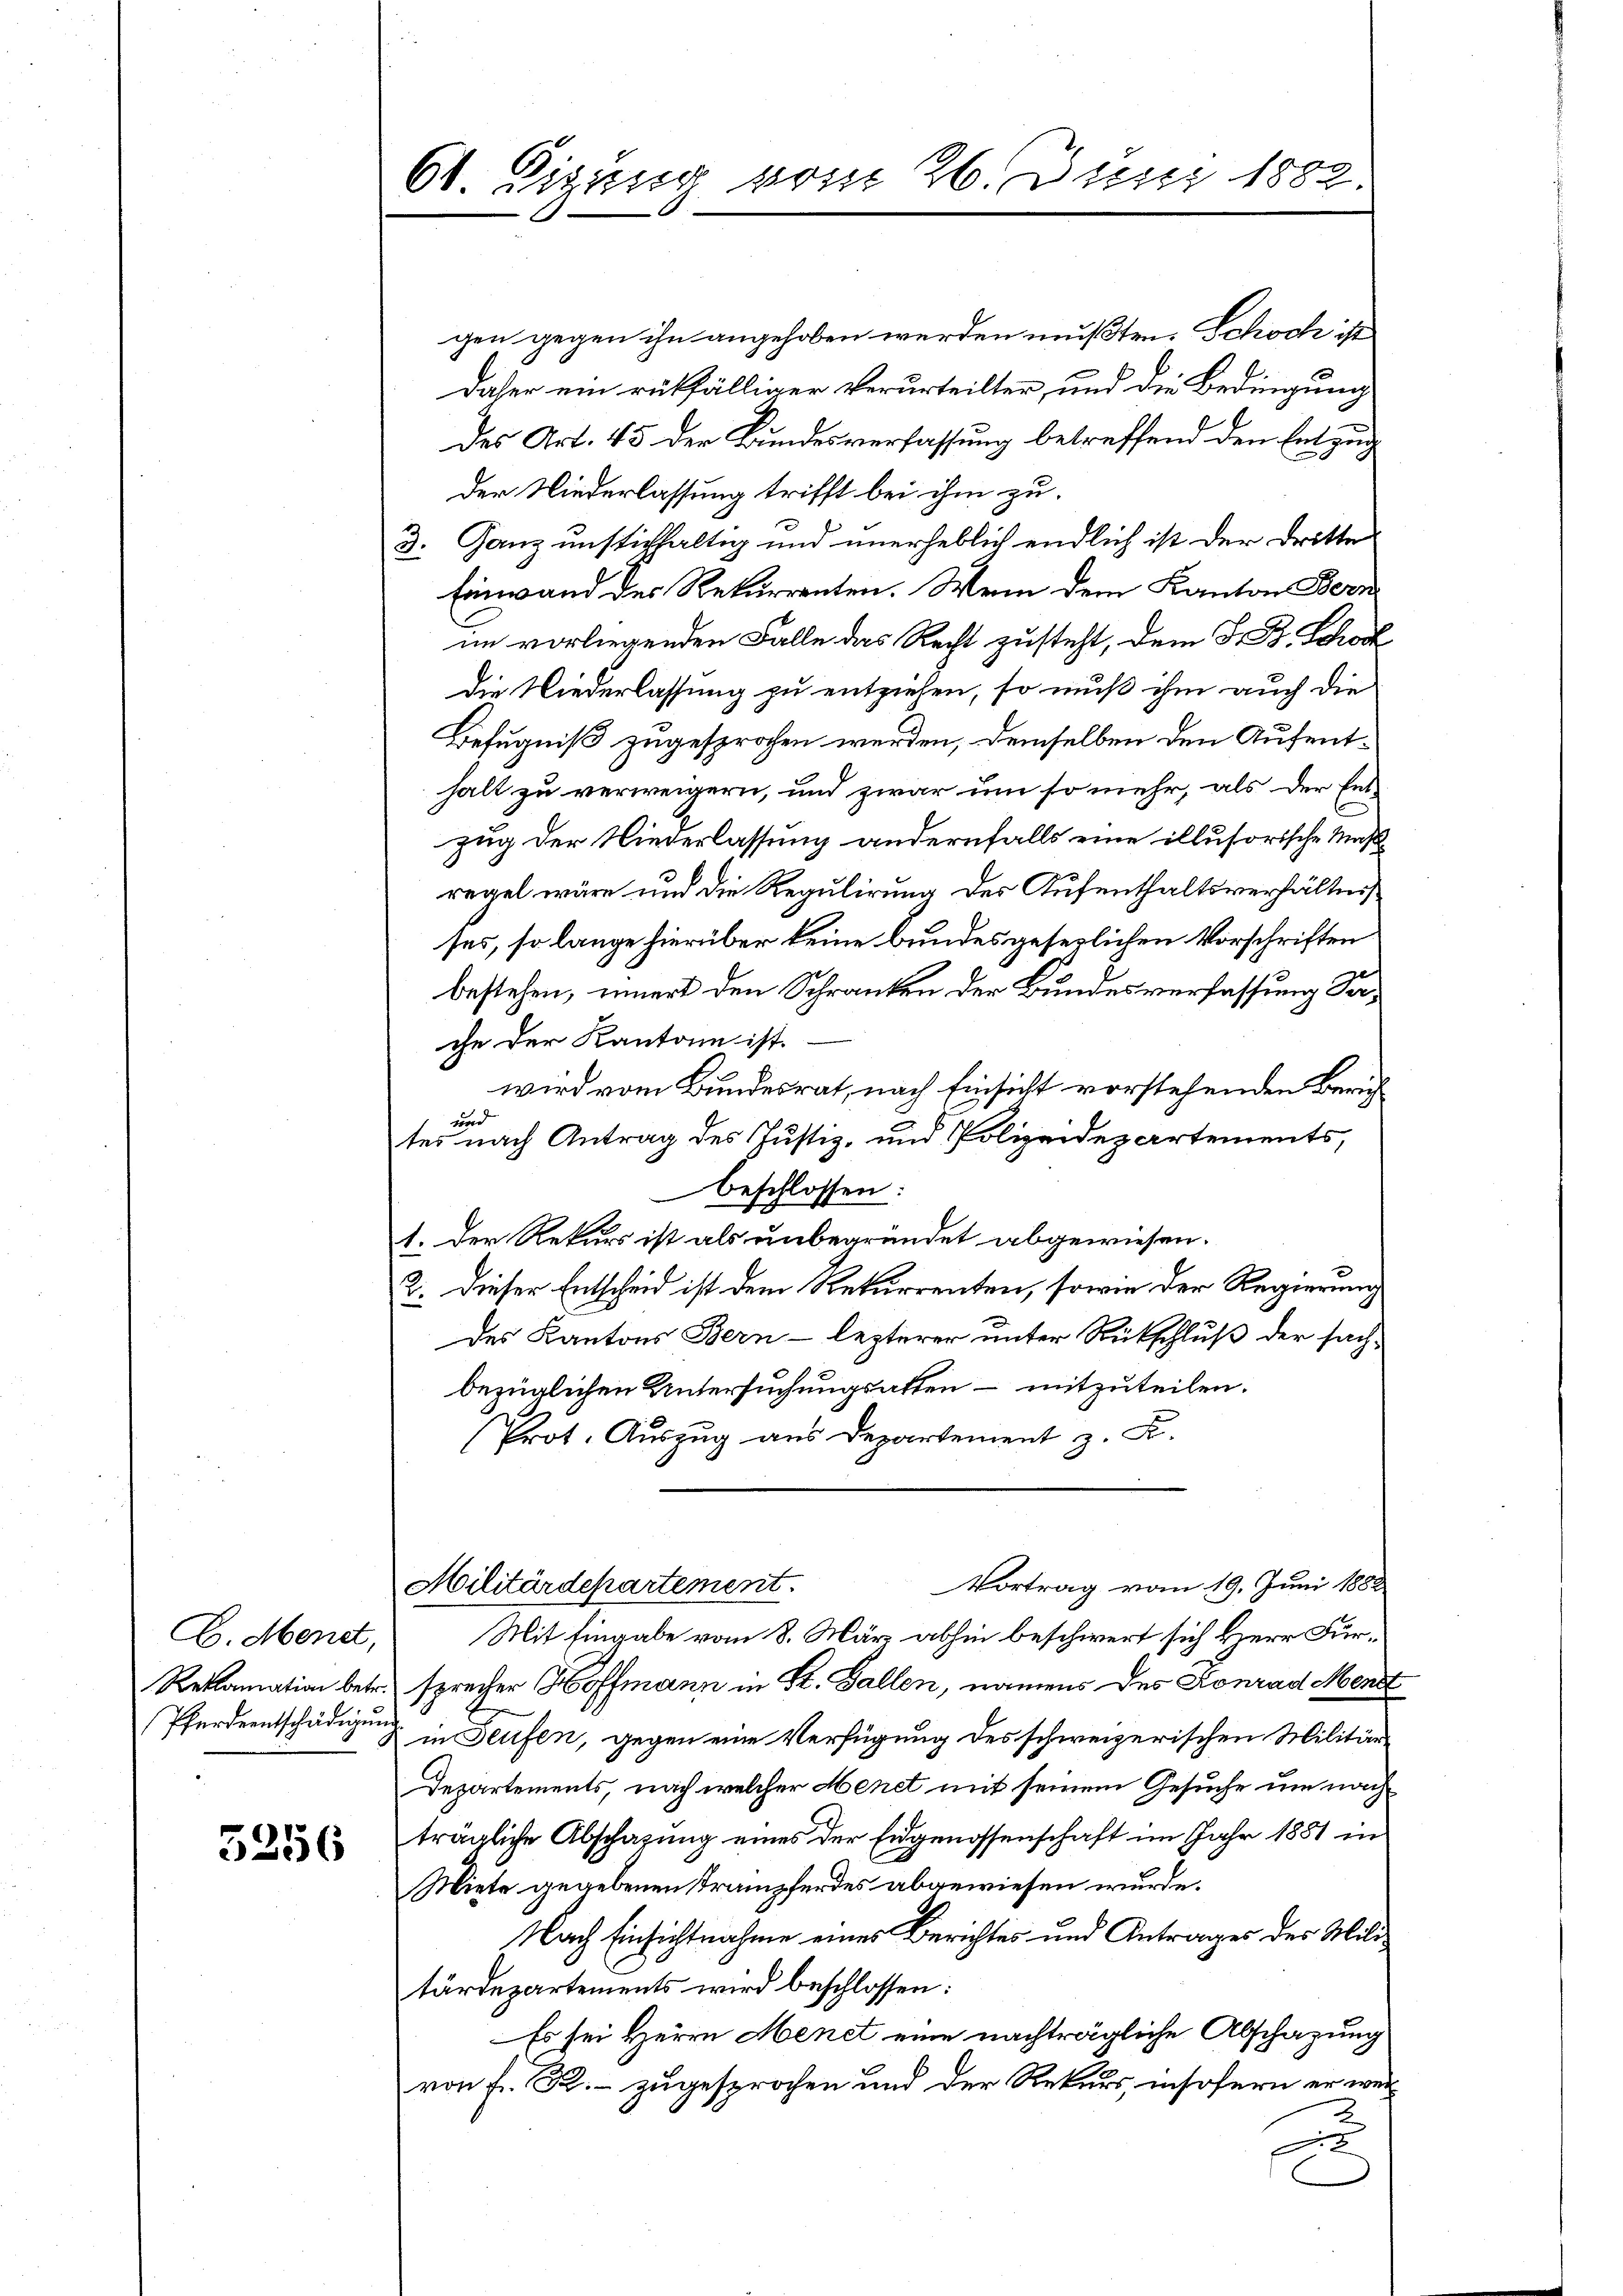
G. Mendt,
Pferdentschädigung

5256

61. Eigung vom 26. Juni 1883.

gen gegen ihn angehoben werden mußten. Schoch ist
daher ein rückfälliger Verurteilter, und die Bedingung
des Art. 45 der Bundesverfassung betreffend den Entzug
der Niederlassung trifft bei ihm zu
3. Ganz unstichfaltig und unerheblich endlich ist der Dritte
Einwand des Rekurrenten. Wenn dem Kanton Bern
im vorliegenden Falle des Recht zusteht, dem J. B. Schön
die Niederlassung zu entziehen, so muß ihm auch die
Befugniß zugesprochen werden, demselben den Aufenthalt zu verweigern, und zwar um so mehr, als der Ent-
zug der Niederlassung andernfalls eine illusorische Maßregel wäre und die Regulirung der Aufenthaltsverhältnis
ses, so lange hierüber keine bundes gesezlichen Vorschriften
bestehen, innert den Schranken der Bundesverfassung Sache der Kantone ist.
wird vom Bundesrat, nach Einsicht vorstehenden Zürich
und
tes nach Antrag des Justiz- und Polizeidepartements,
beschlossen.
1. Der Rekurs ist als unbegründet abgewiesen.
2. Dieser Entscheid ist dem Rekurrenten, sowie der Regierung
des Kantons Bern - lezterer unter Rückschluß der sachbezüglichen Untersuchungsatten – mitzuteilen.
Prot. Auszug aus Departement z. F.
Vortrag vom 19. Juni 1888
Militärdepartement.
Mit Eingabe vom 8. März abhin beschwert sich Herr Für¬
Reklamation betr. sprecher Hoffmann in St. Gallen, namens des Konrad Ment
2 in Teufen, gegen eine Verfügung des schweizerischen Militär¬
Departements, nach welcher Menet mit seinem Gesuche um nach
trägliche Abschafung eines der Eidgenossenschaft im Jahr 1881 in
Miete gegebenen Trampferdes abgewiesen wurde.
Nach Einsichtnahme eines Berichtes und Antrages der Militärdepartements wird beschlossen:
Es sei Herrn Menet eine nachträgliche Abschazung
von fr. R. zugesprochen und der Rekurs, insofern er were